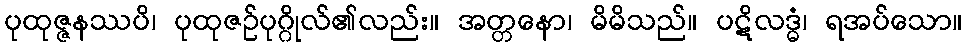
ပုထုဇ္ဇနဿပိ၊ ပုထုဇဉ်ပုဂ္ဂိုလ်၏လည်း။ အတ္တနော၊ မိမိသည်။ ပဋိလဒ္ဓံ၊ ရအပ်သော။